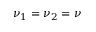
\nu _ { 1 } = \nu _ { 2 } = \nu